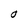
Character: O